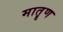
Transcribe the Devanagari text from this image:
मातॄण